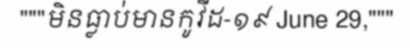
"""មិនធ្លាប់មានកូវីដ-១៩ June 29,"""